Problem: 33 + 21 = ?
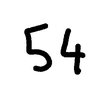
Handwritten answer: 54